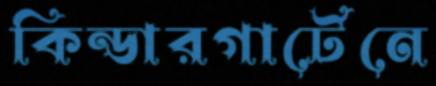
কিন্ডারগার্টেনে